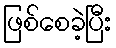
ဖြစ်စေခဲ့ပြီး